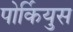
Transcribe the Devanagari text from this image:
पोर्कियुस